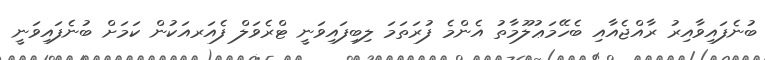
ބުނެފައިވާއިރު ރާއްޖެއާއި ބެހޭމަޢުލޫމާތު އެންމެ ފުރަތަމަ ލިބިފައިވަނީ ޓްރެވަލް ފެއަރއަކުން ކަމަށް ބުނެފައިވަނީ